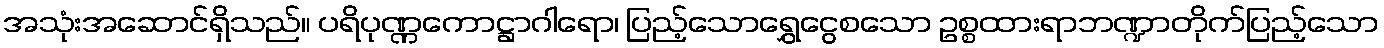
အသုံးအဆောင်ရှိသည်။ ပရိပုဏ္ဏကောဋ္ဌာဂါရော၊ ပြည့်သောရွှေငွေစသော ဥစ္စထားရာဘဏ္ဍာတိုက်ပြည့်သော